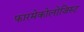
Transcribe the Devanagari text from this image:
फारमेकोलोजिस्ट